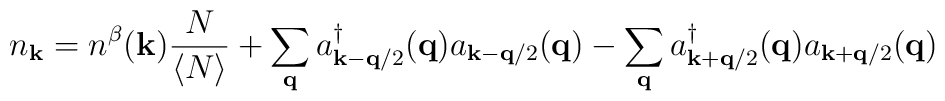
n_{ {\bf{k}} } = n^{\beta}({\bf{k}}) \frac{ N }{ \langle N \rangle }+ \sum_{ {\bf{q}} }a^{\dagger}_{ {\bf{k}} - {\bf{q}}/2 }({\bf{q}})a_{ {\bf{k}} - {\bf{q}}/2 }({\bf{q}}) - \sum_{ {\bf{q}} }a^{\dagger}_{ {\bf{k}} + {\bf{q}}/2 }({\bf{q}})a_{ {\bf{k}} + {\bf{q}}/2 }({\bf{q}})